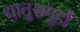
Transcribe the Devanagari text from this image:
धातुसमूहों